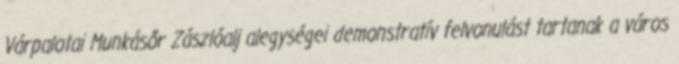
Várpalotai Munkásőr Zászlóalj alegységei demonstratív felvonulást tartanak a város